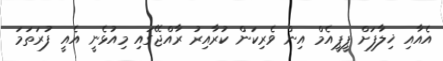
އެއާއި ޚިލާފަށް ޕީޕީއެެމް އިން ވެރިކަން ކުރާއިރު ރާއްޖޭގައި މިއުޅެނީ އެއީ ފުރަތަމަ